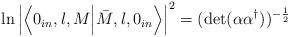
LaTeX: \begin{align*}\ln\left|\left\langle 0_{in}, l, M\Bigl|\bar{M}, l,0_{in}\right\rangle \right|^{2}= ({\rm det}(\alpha \alpha^{\dagger}))^{-\frac{1}{2}}\end{align*}